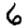
Digit: 6